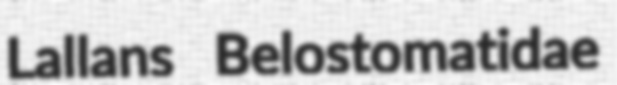
Lallans Belostomatidae